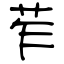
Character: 苲